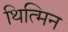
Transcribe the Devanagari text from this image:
थित्मिन